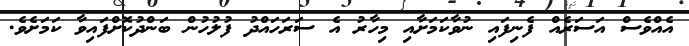
އެއްވެސް އަސަރެއް ފެނިފައި ނުވާކަމަށާއި މިހާރު އެ ސަރަހައްދު ފުލުހުން ބަންދުކޮށްފައިވާ ކަމަށެވެ.